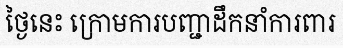
ថ្ងៃនេះ ក្រោមការបញ្ជាដឹកនាំការពារ